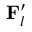
\mathbf { { F } } _ { l } ^ { \prime }